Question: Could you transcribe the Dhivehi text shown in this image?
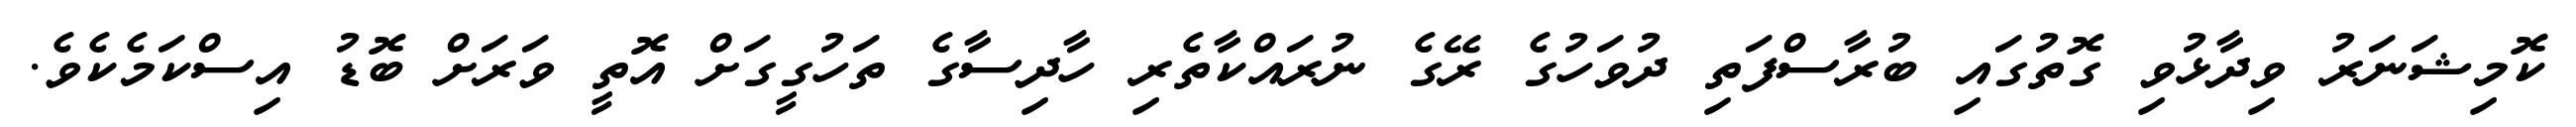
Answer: ކޮމިޝަނަރު ވިދާޅުވި ގޮތުގައި ބުރާސްފަތި ދުވަހުގެ ރޭގެ ނުރައްކާތެރި ހާދިސާގެ ތަހުގީގަށް އޮތީ ވަރަށް ބޮޑު އިސްކަމެކެވެ.